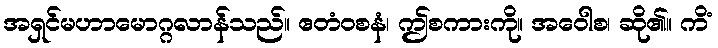
အရှင်မဟာမောဂ္ဂလာန်သည်။ ဧတံဝစနံ၊ ဤစကားကို။ အဝေါစ၊ ဆို၏။ ကိံ